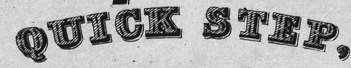
QUICK STEP.